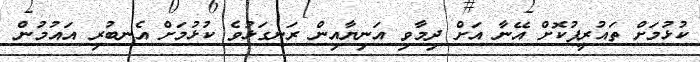
ކުޅުމަށް ތައުރީފުކޮށް އޭނާ އަށް ދިމާވި އަނިޔާއިން ރަނގަޅުވެ ކުޅުމަށް އެނބުރި އައުމުން